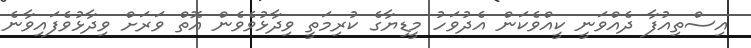
އިސްތިއުފާ ދެއްވަނީ ކީއްވެކަން އެދުވަހު މީޑިޔާގެ ކުރިމަތީ ވިދާޅުވެވެން އޮތް ވަރަށް ވިދާޅުވެފައިވާނެ